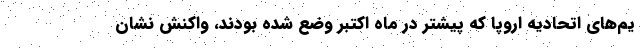
یم‌های اتحادیه اروپا که پیشتر در ماه اکتبر وضع شده بودند، واکنش نشان